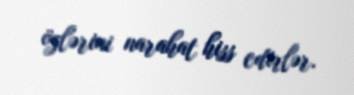
özlərini narahat hiss edirlər.